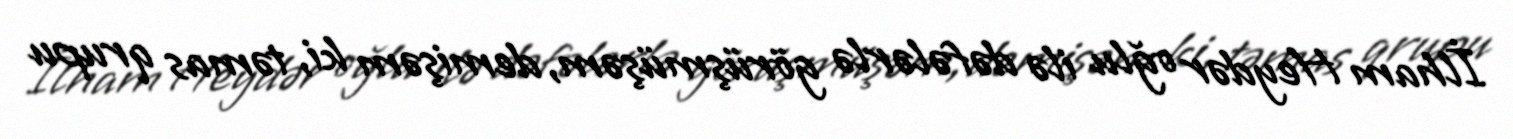
İlham Heydər oğlu ilə dəfələrlə görüşmüşəm, demişəm ki, təmas qrupu